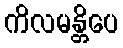
ကိလမန္တိပေ